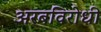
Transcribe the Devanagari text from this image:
अरबविरोधी